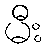
မီး